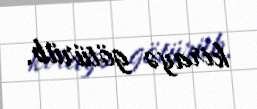
kirayə götürüb.